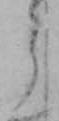
う